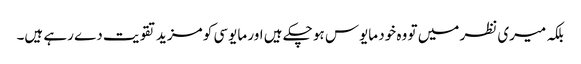
بلکہ میری نظر میں تو وہ خود مایوس ہو چکے ہیں اور مایوسی کو مزید تقویت دے رہے ہیں۔